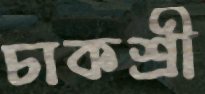
চাকশ্রী